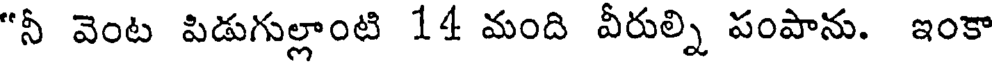
"నీ వెంట పిడుగుల్లాంటి 14 మంది వీరుల్ని పంపాను. ఇంకా